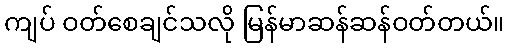
ကျပ် ဝတ်စေချင်သလို မြန်မာဆန်ဆန်ဝတ်တယ်။